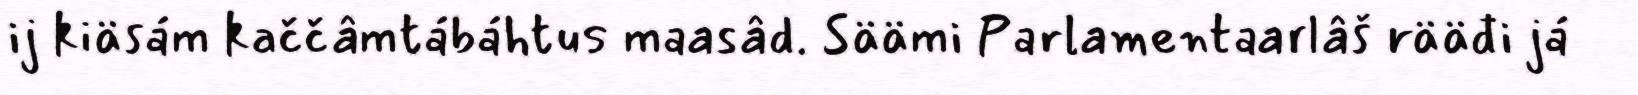
ij kiäsám kaččâmtábáhtus maasâd. Säämi Parlamentaarlâš rääđi já